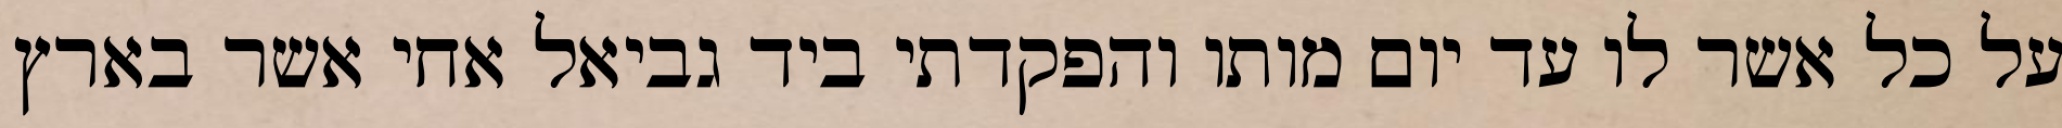
על כל אשר לו עד יום מותו והפקדתי ביד גביאל אחי אשר בארץ